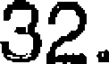
32.